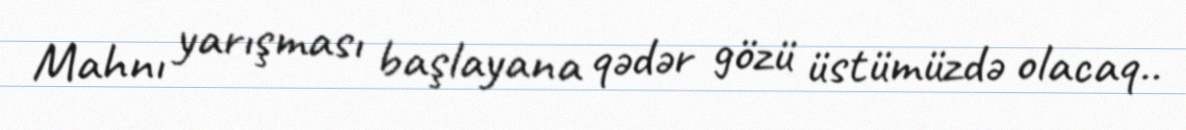
Mahnı yarışması başlayana qədər gözü üstümüzdə olacaq..